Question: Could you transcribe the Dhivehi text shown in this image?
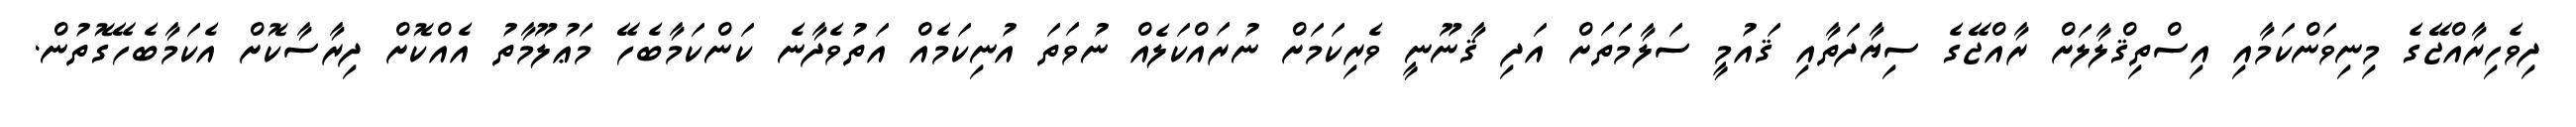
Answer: ދިވެހިރާއްޖޭގެ މިނިވަންކަމާއި އިސްތިޤްލާލަށް ރާއްޖޭގެ ސިޔާދަތާއި ޤައުމީ ސަލާމަތަށް އަދި ޤާނޫނީ ވެރިކަމަށް ނުރައްކަލެއް ނުވަތަ އުނިކަމެއް އަތުވެދާނެ ކަންކަމާބެހޭ މަޢުލޫމާތު އެއްކޮށް ދިރާސާކޮށް އެކަމާބެހޭގޮތުން.